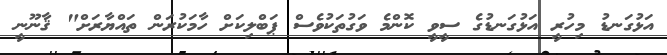
އަޅުގަނޑު މިހުރީ އަޅުގަނޑުގެ ސީވީ ކޮންމެ ވަގުތަކުވެސް ޕަބްލިކަށް ހާމަކުރަން ތައްޔާރަށް" ޤާނޫނީ